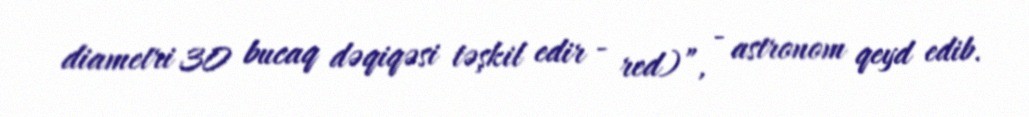
diametri 30 bucaq dəqiqəsi təşkil edir - red)”, - astronom qeyd edib.